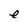
Character: e